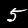
Digit: 5